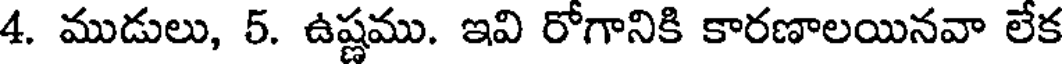
4. ముడులు, 5. ఉష్ణము. ఇవి రోగానికి కారణాలయినవా లేక